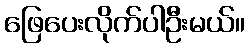
ဖြေပေးလိုက်ပါဦးမယ်။